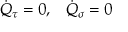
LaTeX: \begin{array} { c c } { { \dot { Q } _ { \tau } = 0 , } } & { { \dot { Q } _ { \sigma } = 0 } } \end{array}